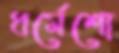
ধর্মেশো